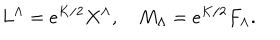
LaTeX: L ^ { \Lambda } = e ^ { K / 2 } X ^ { \Lambda } , \quad M _ { \Lambda } = e ^ { K / 2 } F _ { \Lambda } .